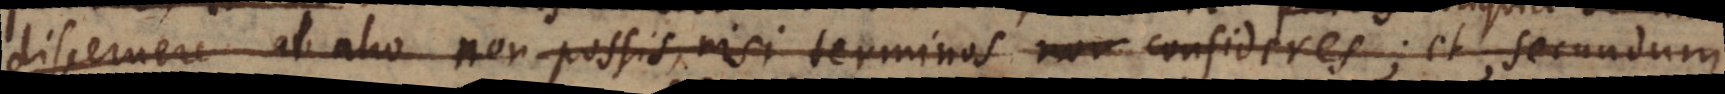
discernere ab alio non possis, si terminos non nisi terminos